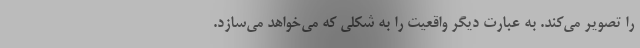
را تصویر می‌کند. به عبارت دیگر واقعیت را به شکلی که می‌خواهد می‌سازد.